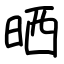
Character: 晒